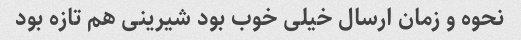
نحوه و زمان ارسال خیلی خوب بود شیرینی هم تازه بود